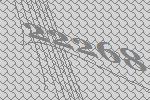
22268